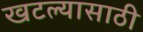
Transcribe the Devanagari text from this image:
खटल्यासाठी